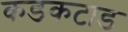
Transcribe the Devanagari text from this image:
कडकटाड